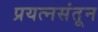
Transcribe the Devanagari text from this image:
प्रयत्‍नसंतून